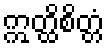
ဣတ္ထိစိတ္တံ